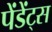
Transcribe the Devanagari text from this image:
पेंडेंट्स